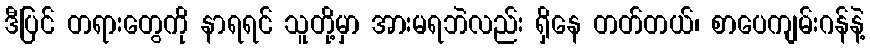
ဒီပြင် တရားတွေကို နာရရင် သူတို့မှာ အားမရဘဲလည်း ရှိနေ တတ်တယ်၊ စာပေကျမ်းဂန်နဲ့